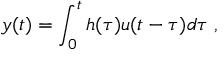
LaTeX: y ( t ) = \int _ { 0 } ^ { t } h ( \tau ) u ( t - \tau ) d \tau \; ,